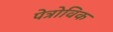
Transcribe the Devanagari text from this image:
पेत्रोविक